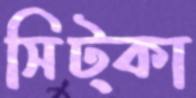
সিট্‌কা